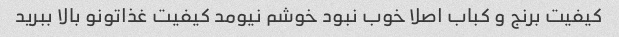
کیفیت برنج و کباب اصلا خوب نبود خوشم نیومد کیفیت غذاتونو بالا ببرید